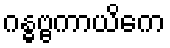
ဂန္ဓဗ္ဗကာယိကေ